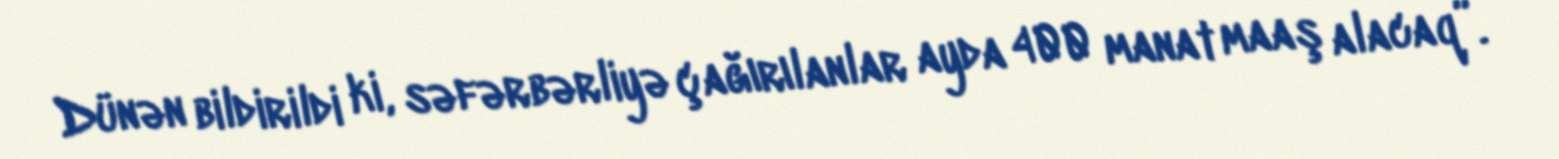
Dünən bildirildi ki, səfərbərliyə çağırılanlar ayda 400 manat maaş alacaq”.